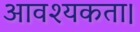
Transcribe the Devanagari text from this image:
आवश्‍यकता।